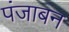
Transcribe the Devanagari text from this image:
पंजाबन